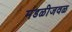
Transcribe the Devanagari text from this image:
मंडळीजवळ